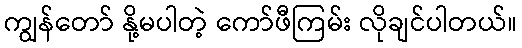
ကျွန်တော် နို့မပါတဲ့ ကော်ဖီကြမ်း လိုချင်ပါတယ်။